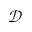
\mathcal { D }